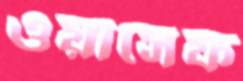
ওয়াসেফ